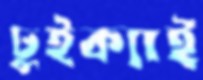
ঢুইক্যাই